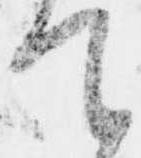
て